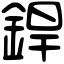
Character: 銲